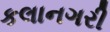
કલાનગરી